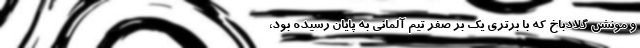
و مونشن گلادباخ که با برتری یک بر صفر تیم آلمانی به پایان رسیده بود،‌